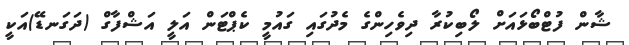
ޝާން ފުޓްބޯޅައަށް ލޯބިކުރާ ދިވެހިންގެ މެދުގައި ގައުމީ ކެޕްޓަން އަލީ އަޝްފާގް (ދަގަނޑޭ)އަކީ